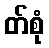
တ်စုံ